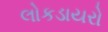
લોકડાયરો